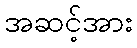
အဆင့်အား